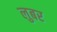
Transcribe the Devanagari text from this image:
लुबर